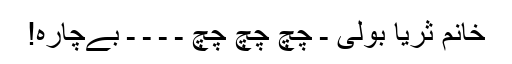
خانم ثریا بولی ـ چچ چچ چچ ـ ـ ـ ـ بےچارہ!